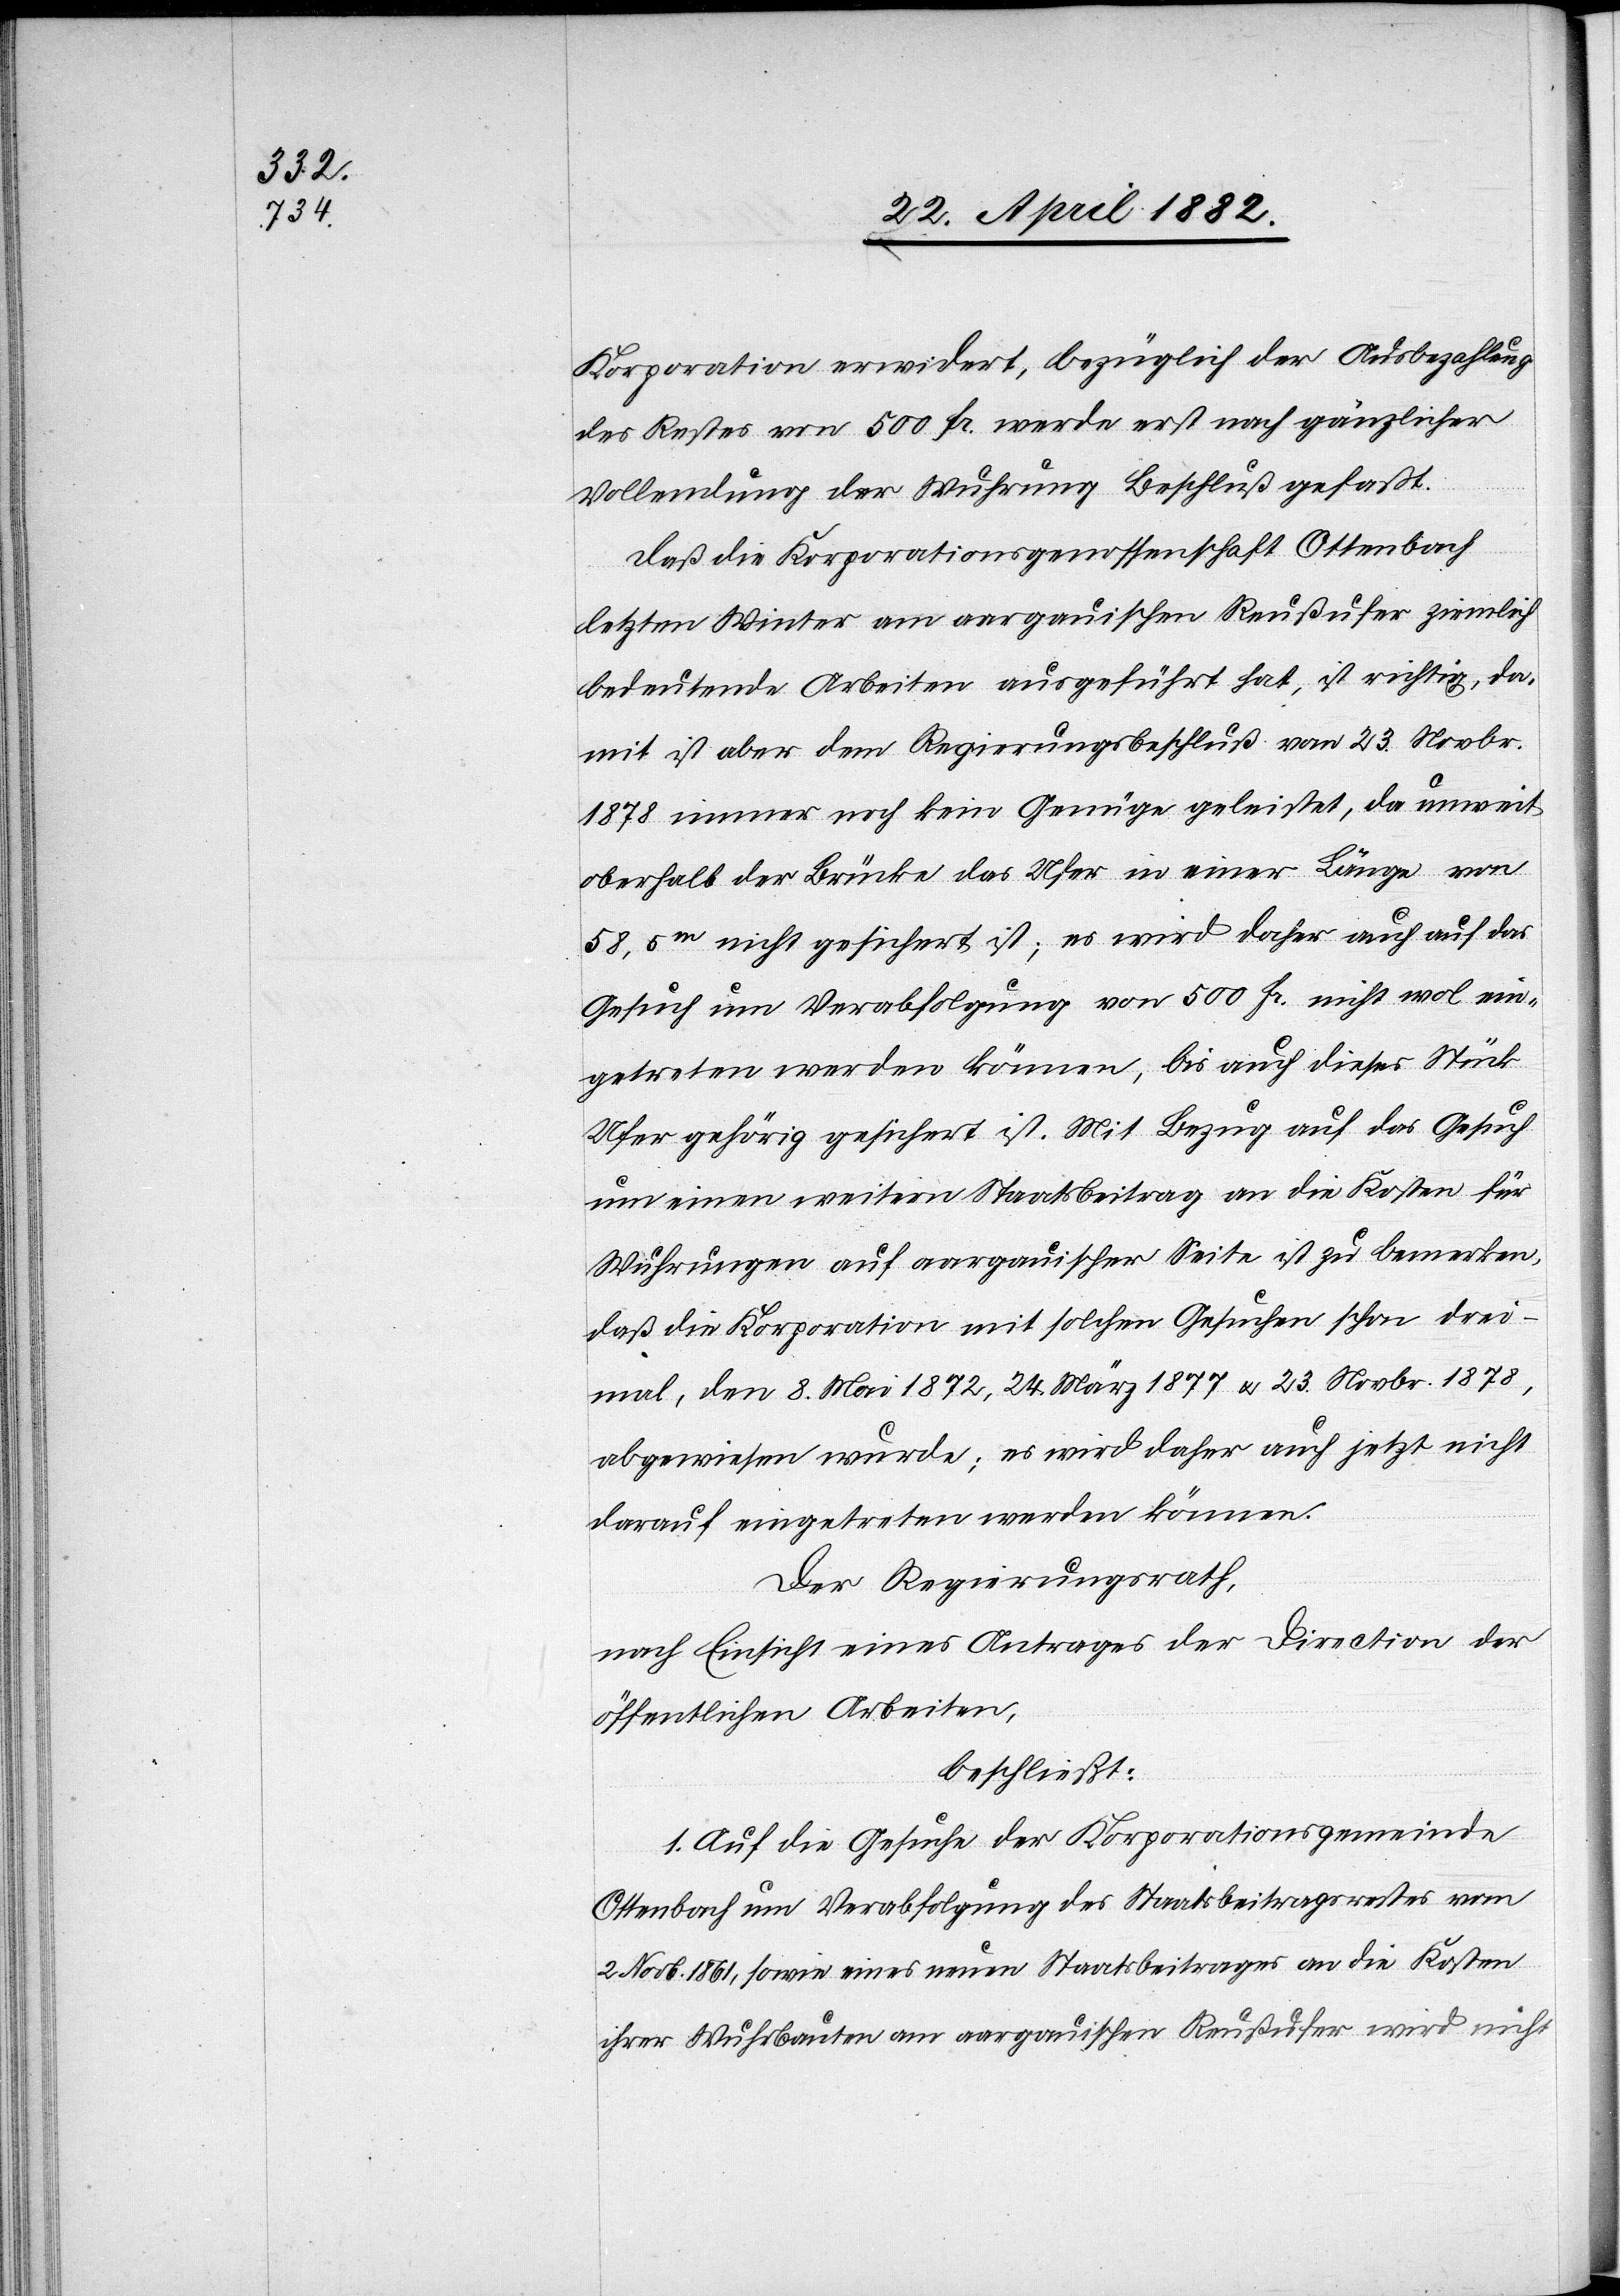
Korporation erwidert, bezüglich der Ausbezahlung
des Restes von 500 Fr. werde erst nach gänzlicher
Vollendung der Wuhrungen Beschluß gefasst.
Daß die Korporationsgenossenschaft Ottenbach
letzten Winter am aargauischen Reußufer ziemlich
bedeutende Arbeiten ausgeführt hat, ist richtig, da¬
mit ist aber dem Regierungsbeschluß vom 23. Novbr.
1878 immer noch keine Genüge geleistet, da unweit
oberhalb der Brücke das Ufer in einer Länge von
58,5m nicht gesichert ist; es wird daher auch auf das
Gesuch um Verabfolgung von 500 Fr. nicht wol ein¬
getreten werden können, bis auch dieses Stück
Ufer gehörig gesichert ist. Mit Bezug auf das Gesuch
um einen weitern Staatsbeitrag an die Kosten für
Wuhrungen auf aargauischer Seite ist zu bemerken,
daß die Korporation mit solchen Gesuchen schon drei¬
mal, den 8. Mai 1872, 24. März 1877 u. 23. Novbr. 1878,
abgewiesen wurde; es wird daher auch jetzt nicht
darauf eingetreten werden können.
Der Regierungsrath,
nach Einsicht eines Antrages der Direction der
öffentlichen Arbeiten,
beschließt:
1. Auf die Gesuche der Korporationsgemeinde
Ottenbach um Verabfolgung des Staatsbeitrages vom
2. Novb. 1861, sowie eines neuen Staatsbeitrages an die Kosten
ihrer Wuhrbauten am aargauischen Reußufer wird nicht